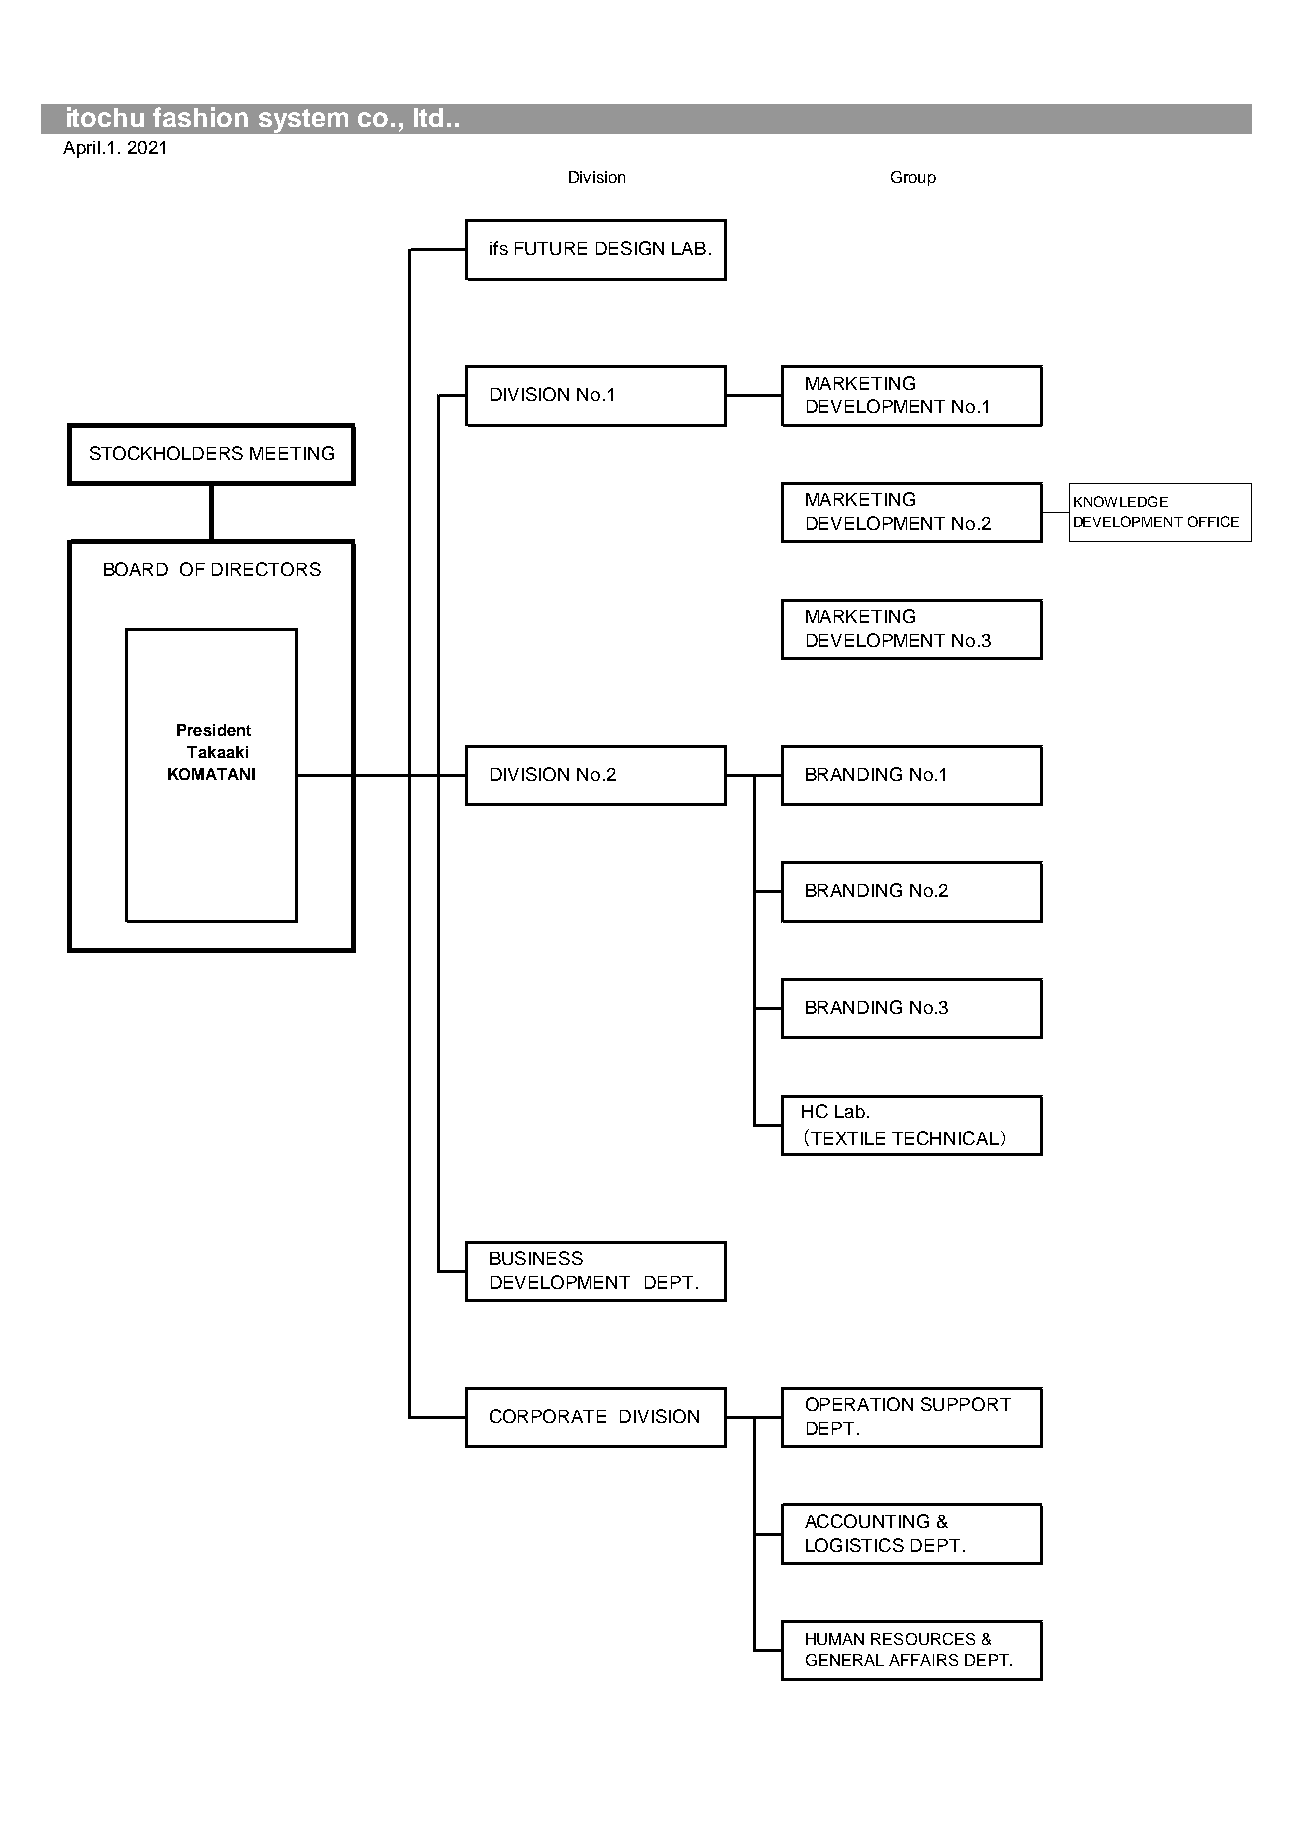
itochu fashion system co., ltd..
 April.1. 2021
 Division             Group
 ifs FUTURE DESIGN LAB.
 MARKETING
 DIVISION No.1
 DEVELOPMENT No.1
 STOCKHOLDERS MEETING
 MARKETING         KNOWLEDGE
 DEVELOPMENT No.2  DEVELOPMENT OFFICE
 BOARD OF DIRECTORS
 MARKETING
 DEVELOPMENT No.3
 President
 Takaaki
 KOMATANI             DIVISION No.2        BRANDING No.1
 BRANDING No.2
 BRANDING No.3
 HC Lab.
 （TEXTILE TECHNICAL）
 BUSINESS
 DEVELOPMENT DEPT.
 OPERATION SUPPORT
 CORPORATE DIVISION
 DEPT.
 ACCOUNTING &
 LOGISTICS DEPT.
 HUMAN RESOURCES &
 GENERAL AFFAIRS DEPT.